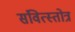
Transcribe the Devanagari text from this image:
संवित्स्तोत्र